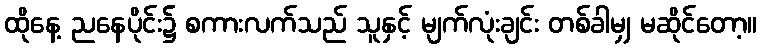
ထိုနေ့ ညနေပိုင်း၌ စကားလက်သည် သူနှင့် မျက်လုံးချင်း တစ်ခါမျှ မဆိုင်တော့။